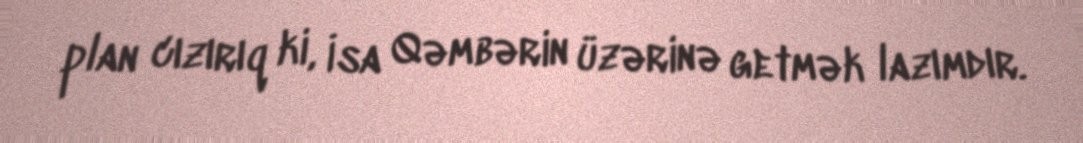
plan cızırıq ki, İsa Qəmbərin üzərinə getmək lazımdır.